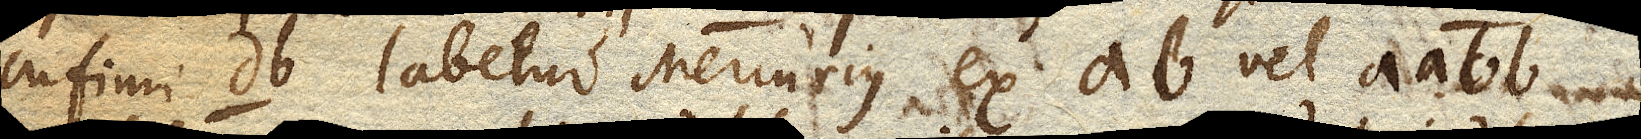
infimi db labetur Mercurius ex ab vel aa bb